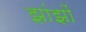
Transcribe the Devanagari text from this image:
झांझों